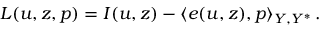
L ( u , z , p ) = I ( u , z ) - \langle e ( u , z ) , p \rangle _ { Y , Y ^ { * } } \, .